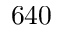
6 4 0